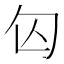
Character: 匃